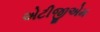
એટીજીએમ